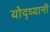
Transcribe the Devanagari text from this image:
योद्ध्यानी